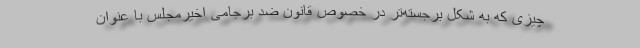
چیزی که به شکل برجسته‌تر در خصوص قانون ضد برجامی اخیرمجلس با عنوان